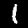
Digit: 1